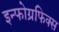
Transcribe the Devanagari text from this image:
इन्फोग्रफिक्स